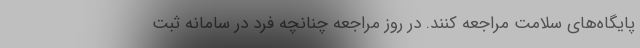
پایگاه‌های سلامت مراجعه کنند. در روز مراجعه چنانچه فرد در سامانه ثبت